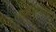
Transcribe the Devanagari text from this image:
कौश्यल्यांची